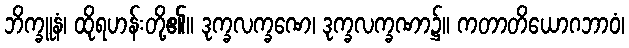
ဘိက္ခူနံ၊ ထိုရဟန်းတို့၏။ ဒုက္ခလက္ခဏေ၊ ဒုက္ခလက္ခဏာ၌။ ကတာတိယောဂဘာဝံ၊